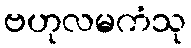
ဗဟုလမကံသု